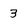
Character: 3